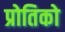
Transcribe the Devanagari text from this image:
प्रोतिको